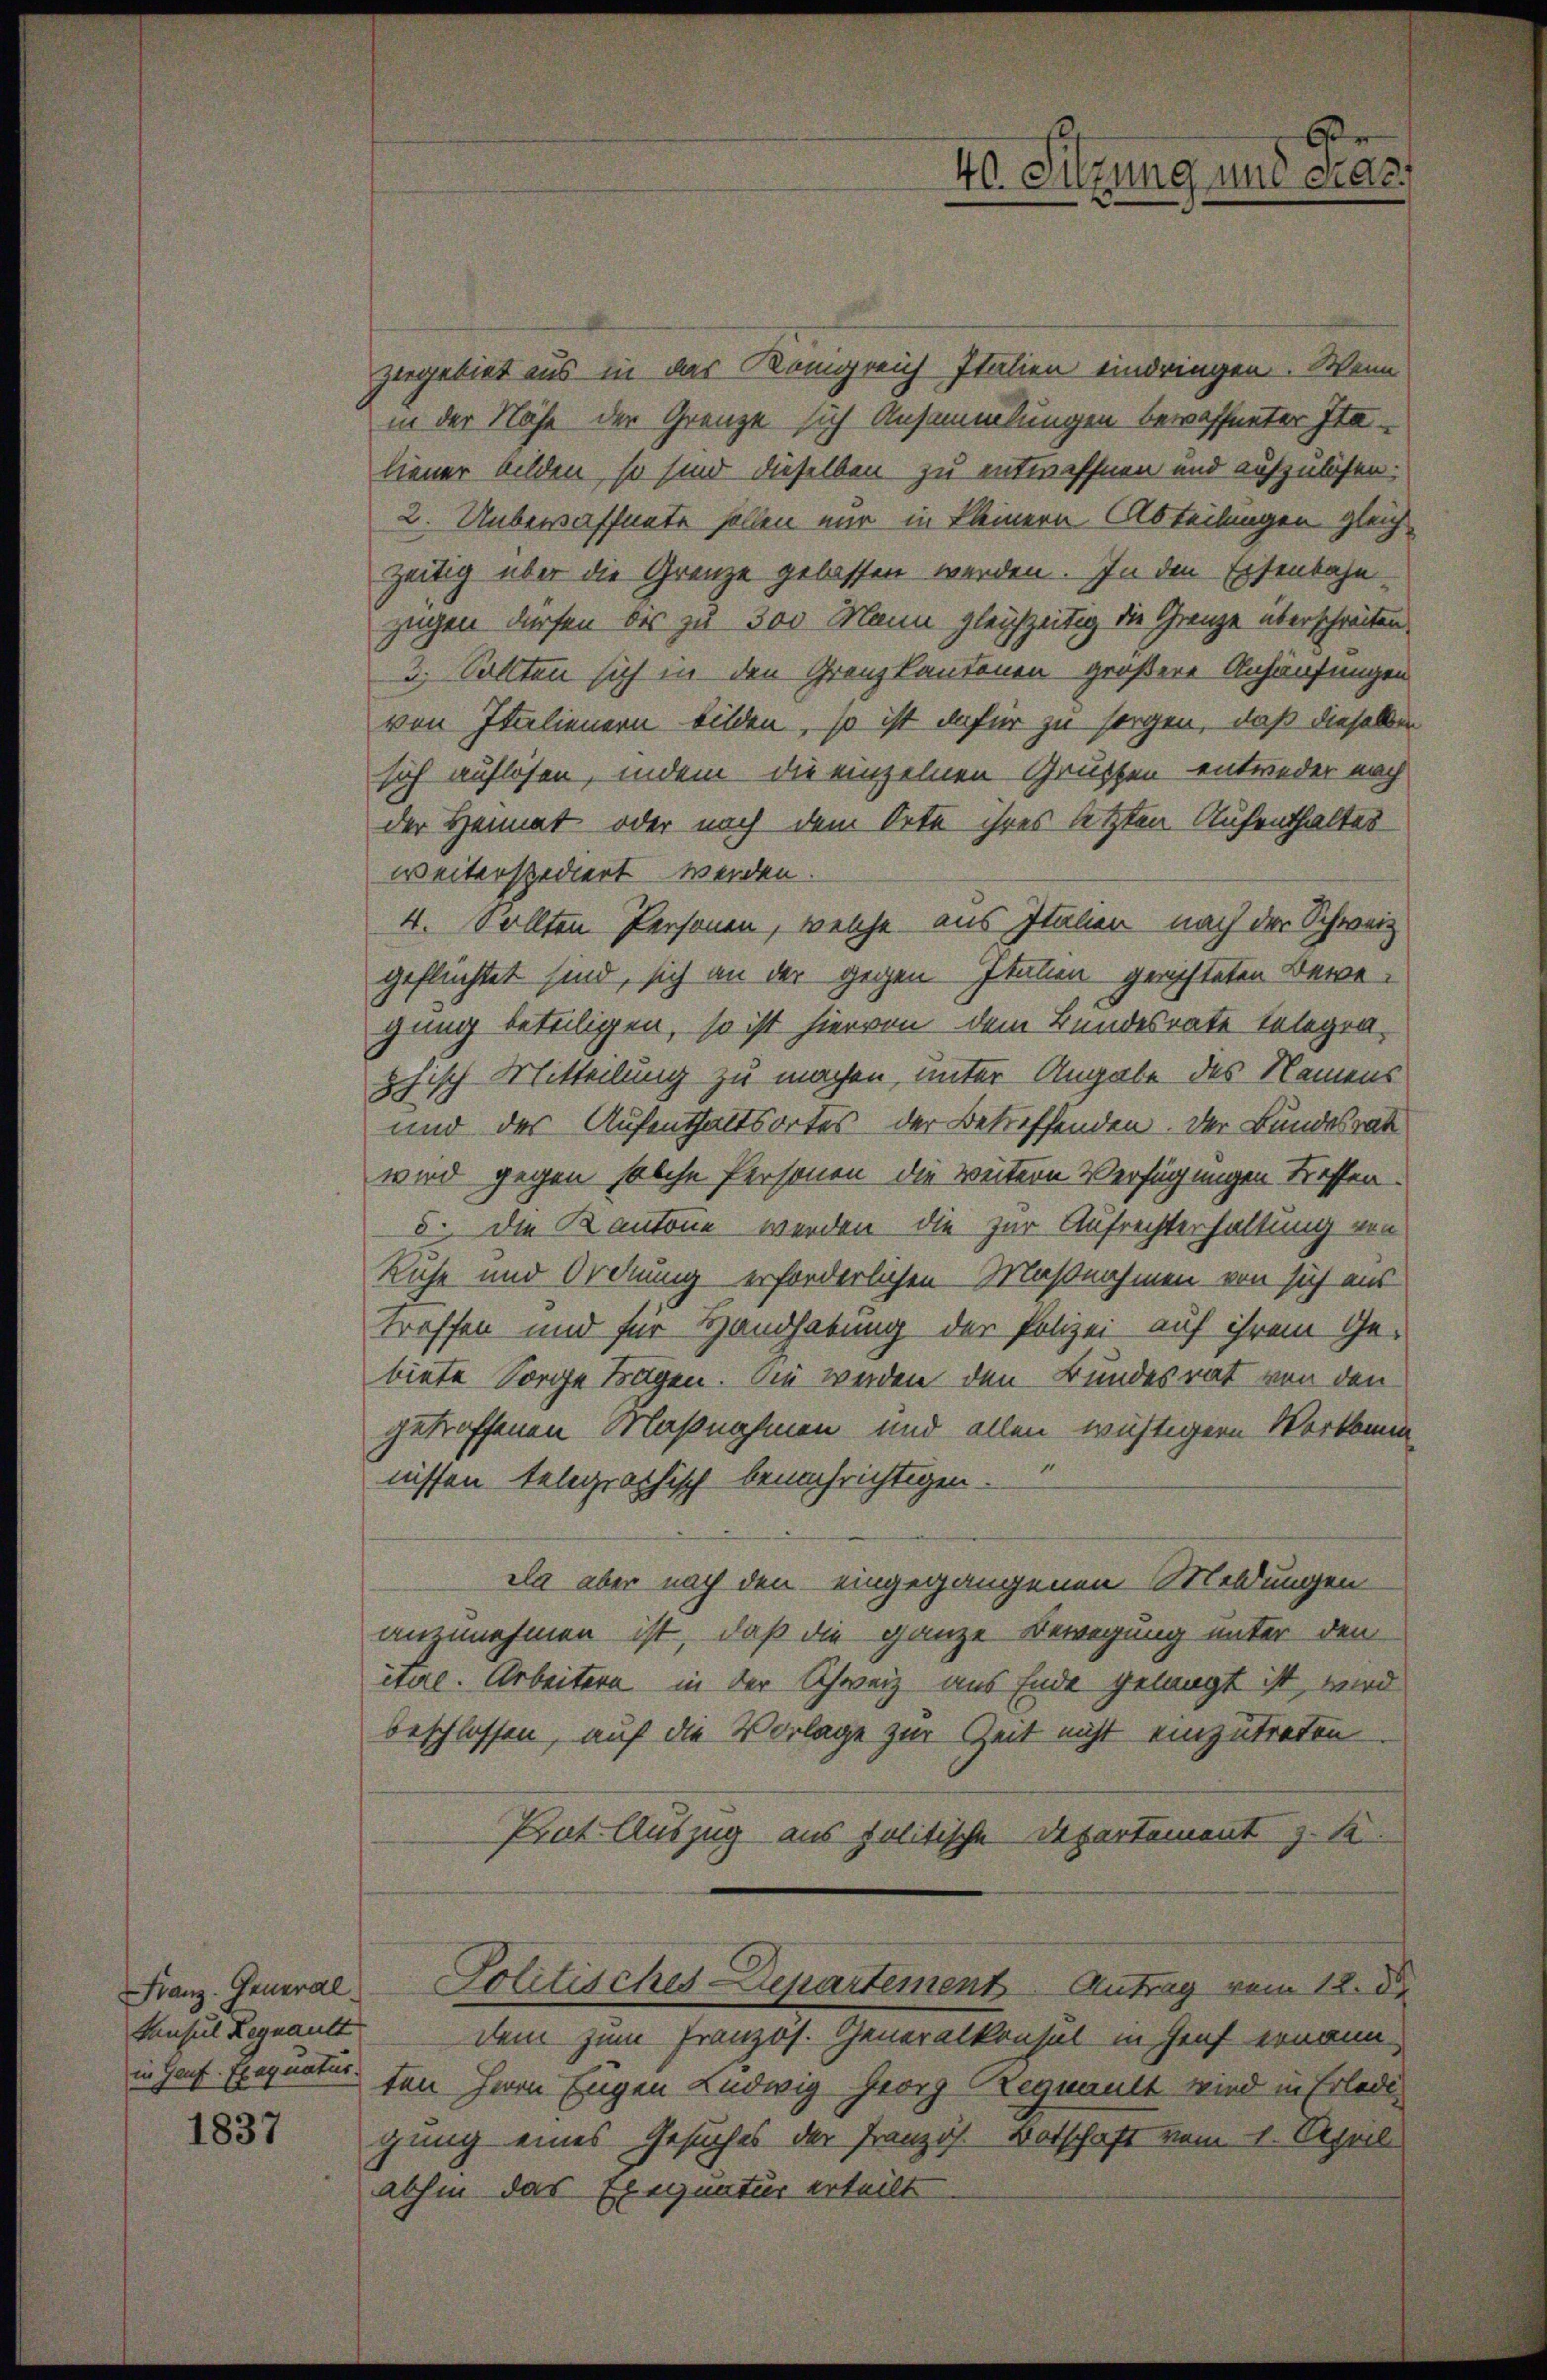
1837

zergebiet aus in das Königreich Italien eindringen. Wenn
in der Nähe der Grenze sich Ansammlungen bewaffneter Italiener bilden, so sind dieselben zu entwöffnen und aufzulösen.
2. Unbewaffnete sollen mir in kleinern Abteilungen gleich-
zeitig über die Grenze gelassen werden. In den Eisenbahn-
zügen dürfen bis zu 300 Mann gleichzeitig die Grenze überschreiten.
3. Sollten sich in den Grenzkantonen größere Anhäufungen
von Italienern bilden, so ist dafür zu sorgen, daß dieselben
sich auflösen, indem die einzelnen Grüssen entweder nach
der Heimat oder nach dem Orte ihres letzten Aufenthaltes
weiterspediert werden.
4. Sollten Personen, welche aus Italier nach der Schweiz
geflüchtet sind, sich an der gegen Italien gerichteten Bewegung beteiligen, so ist hiervon dem Bundesrate telegraphisch Mitteilung zu machen, unter Angabe des Namens
und der Aufenthaltsortes der Betreffenden. Der Bundesrat
wird gegen solche Personen die weitern Verfügungen treffen
5. die Kantone werden die zur Aufrechterhaltung von
Ruhe und Ordnung erforderlichen Maßnahmen von sich aus
treffen und für Handhabung der Polizei auf ihrem Gebiete Sorge Tagen. Sie werden den Bundesrat von den
getroffenen Maßnahmen und allen wichtigern Vorkomm
nissen telegraphisch benachrichtigen.
da aber nach den eingegangenen Meldungen
anzunehmen ist, daß die ganze Bewegung unter den
itere. Arbeitern in der Schweiz aus Ende gelangt ist, wird
beschlossen, auf die Vorlage zur Zeit nicht einzutreten
Prat Auszug aus politische Departement z. S.
Franz. General-Politisches Departement Antrag vom 12. d.
Konsul Begnant dem zum Französ. Generalkonsul in Genf ernann
in Hans Exequatur den Herrn Eugen Ludwig Georg Regnault wird in Erledi
gung eines Gesuches der Franzis Botschaft vom 1. April
abhin das Exegnatur erteilt.

r
40. Sitzung um dras